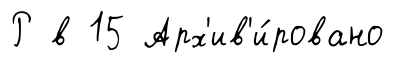
Р в 15 Арх'ив'и́ровано